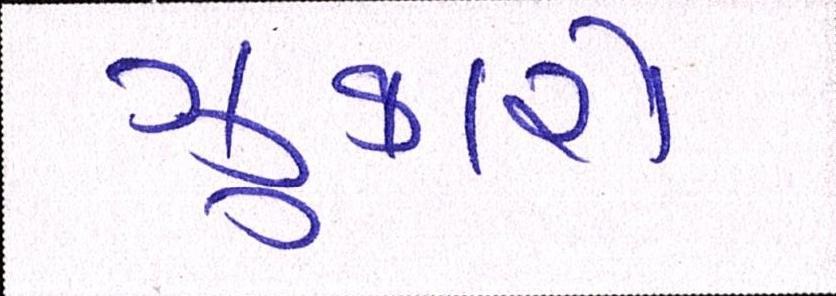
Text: ઝુકાયે